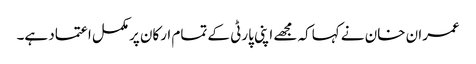
عمران خان نے کہاکہ مجھے اپنی پارٹی کے تمام ارکان پرمکمل اعتماد ہے۔